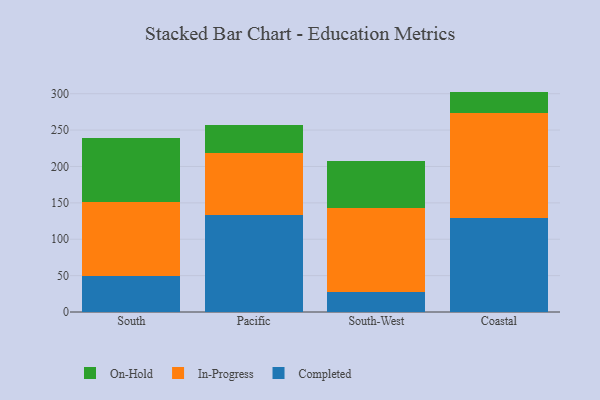
{"axis": {"x": "Region", "y": "Budget (USD K)"}, "legend": ["Completed", "In-Progress", "On-Hold"], "data": [{"x": "South", "y": 49.6, "type": "Completed"}, {"x": "South", "y": 101.8, "type": "In-Progress"}, {"x": "South", "y": 87.2, "type": "On-Hold"}, {"x": "Pacific", "y": 133.4, "type": "Completed"}, {"x": "Pacific", "y": 85.8, "type": "In-Progress"}, {"x": "Pacific", "y": 37.3, "type": "On-Hold"}, {"x": "South-West", "y": 27.9, "type": "Completed"}, {"x": "South-West", "y": 115.4, "type": "In-Progress"}, {"x": "South-West", "y": 63.9, "type": "On-Hold"}, {"x": "Coastal", "y": 129.3, "type": "Completed"}, {"x": "Coastal", "y": 144.3, "type": "In-Progress"}, {"x": "Coastal", "y": 29.3, "type": "On-Hold"}]}